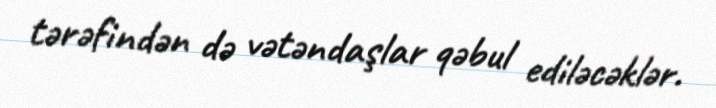
tərəfindən də vətəndaşlar qəbul ediləcəklər.